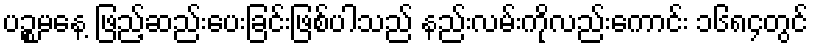
ပဉ္စမနေ့ ဖြည့်ဆည်းပေးခြင်းဖြစ်ပါသည် နည်းလမ်းကိုလည်းကောင်း ၁၆၈၄တွင်